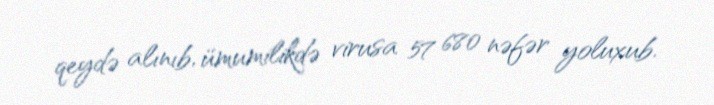
qeydə alınıb, ümumilikdə virusa 57 680 nəfər yoluxub.